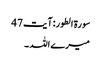
سورۃ الطور: آیت 47
میرے اللہ ۔